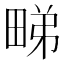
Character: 𭻘